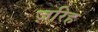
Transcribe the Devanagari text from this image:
ज़रिह